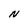
Character: N